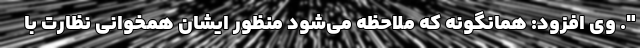
". وی افزود: همانگونه که ملاحظه می‌شود منظور ایشان همخوانی نظارت با